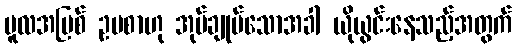
မူလအပြစ် ဥပစာဟု အုပ်ချုပ်သောအခါ ယိုယွင်းနေသည့်အတွက်